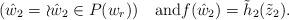
LaTeX: \begin{align*}(\hat w_2=\wr \hat w_2\in P(w_r)) \quad\mbox{and}f(\hat w_2)=\tilde h_2(\tilde z_2).\end{align*}